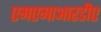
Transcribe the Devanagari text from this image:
एमएमाआरडीए